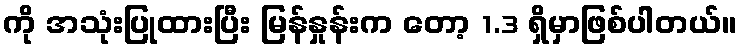
ကို အသုံးပြုထားပြီး မြန်နှုန်းက တော့ 1.3 ရှိမှာဖြစ်ပါတယ်။